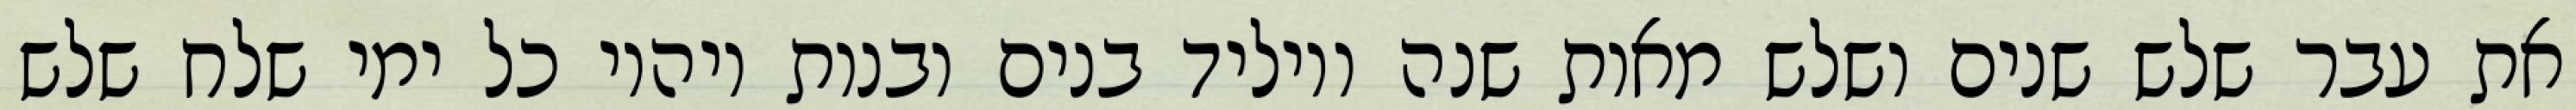
את עבר שלש שנים ושלש מאות שנה ויוליד בנים ובנות ויהיו כל ימי שלח שלש